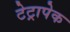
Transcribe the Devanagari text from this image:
टेट्रापेक